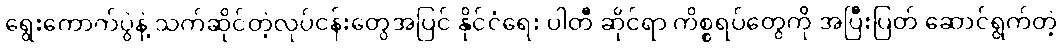
ရွေးကောက်ပွဲနဲ့ သက်ဆိုင်တဲ့လုပ်ငန်းတွေအပြင် နိုင်ငံရေး ပါတီ ဆိုင်ရာ ကိစ္စရပ်တွေကို အပြီးပြတ် ဆောင်ရွက်တဲ့